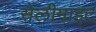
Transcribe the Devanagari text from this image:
सेलीमाइट